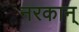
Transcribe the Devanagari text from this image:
नरकान्